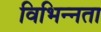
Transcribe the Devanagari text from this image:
विभिन्‍नता